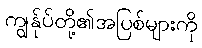
ကျွန်ုပ်တို့၏အပြစ်များကို